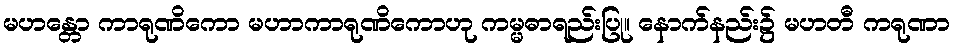
မဟန္တော ကာရုဏိကော မဟာကာရုဏိကောဟု ကမ္မဓာရည်းပြု။ နောက်နည်း၌ မဟတီ ကရုဏာ